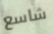
شاسع